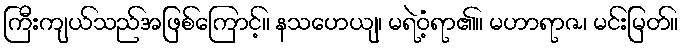
ကြီးကျယ်သည်အဖြစ်ကြောင့်။ နသဟေယျ၊ မရဲဝံ့ရာ၏။ မဟာရာဇ၊ မင်းမြတ်။